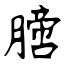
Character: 膪